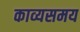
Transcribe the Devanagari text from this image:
काव्यसमय